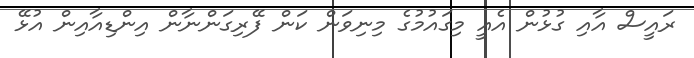
ރައީސް އާއި ގުޅުން އެއީ މިގައުމުގެ މިނިވަން ކަން ފޭރިގަންނާން އިންޑިއާއިން އުޅޭ